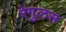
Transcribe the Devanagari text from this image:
रेगुलस